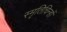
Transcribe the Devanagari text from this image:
स्मृतिचिन्हों